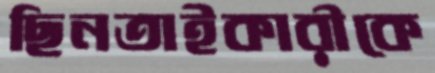
ছিনতাইকারীকে